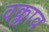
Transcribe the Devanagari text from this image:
वक्लाव